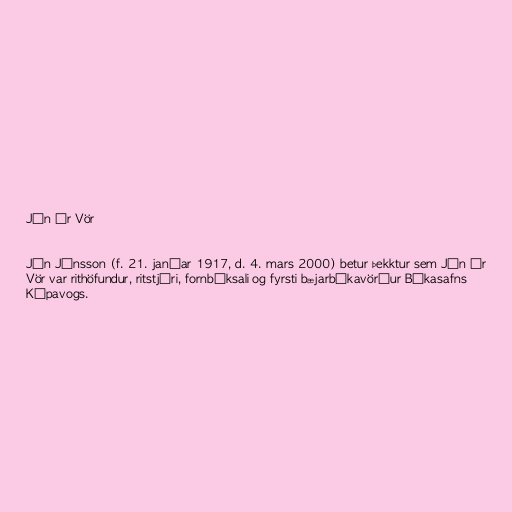
Jón úr Vör

Jón Jónsson (f. 21. janúar 1917, d. 4. mars 2000) betur þekktur sem Jón úr
Vör var rithöfundur, ritstjóri, fornbóksali og fyrsti bæjarbókavörður Bókasafns
Kópavogs.